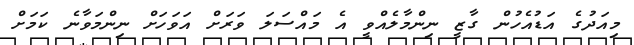
މިއަދުގެ އަޑުއެހުން ގާޒީ ނިންމާލެއްވީ އެ މައްސަލަ ވަރަށް އަވަހަށް ނިންމަވާނެ ކަމަށް